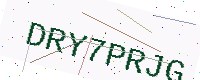
Text: DRY7PRJG